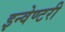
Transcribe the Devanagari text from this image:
इन्वेण्टरी